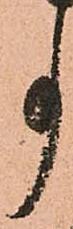
事